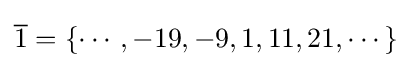
{\overline {1}}=\{\cdots ,-19,-9,1,11,21,\cdots \}